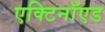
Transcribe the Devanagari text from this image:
एक्टिनॉएड